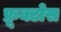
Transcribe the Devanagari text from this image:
फ्रूक्टोस